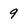
Character: 9